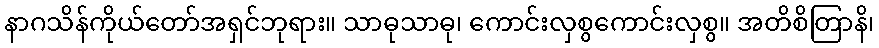
နာဂသိန်ကိုယ်တော်အရှင်ဘုရား။ သာဓုသာဓု၊ ကောင်းလှစွကောင်းလှစွ။ အတိစိတြာနိ၊